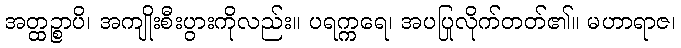
အတ္ထဉ္စာပိ၊ အကျိုးစီးပွားကိုလည်း။ ပရက္ကရေ၊ အပပြုလိုက်တတ်၏။ မဟာရာဇ၊